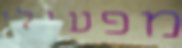
מפעילי